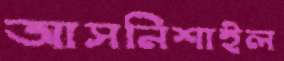
আসনিশাইল